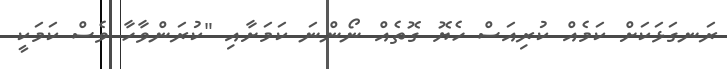
ރަނގަޅަކަށް ކަމެއް ކުރިއަސް ހެޔޮ ގޮތެއް ނޯންނަ ކަމަށާއި "ކުރަންވާހާ ވެސް ކަމަކީ